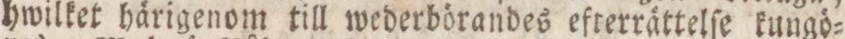
hwilket härigenom till wederbörandes efterrättelſe kungö=